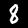
Digit: 8